Annual report of the Punjab Veterinary College and of the Civil Veterinary Department, Punjab - 1920-1925
Year: 1920
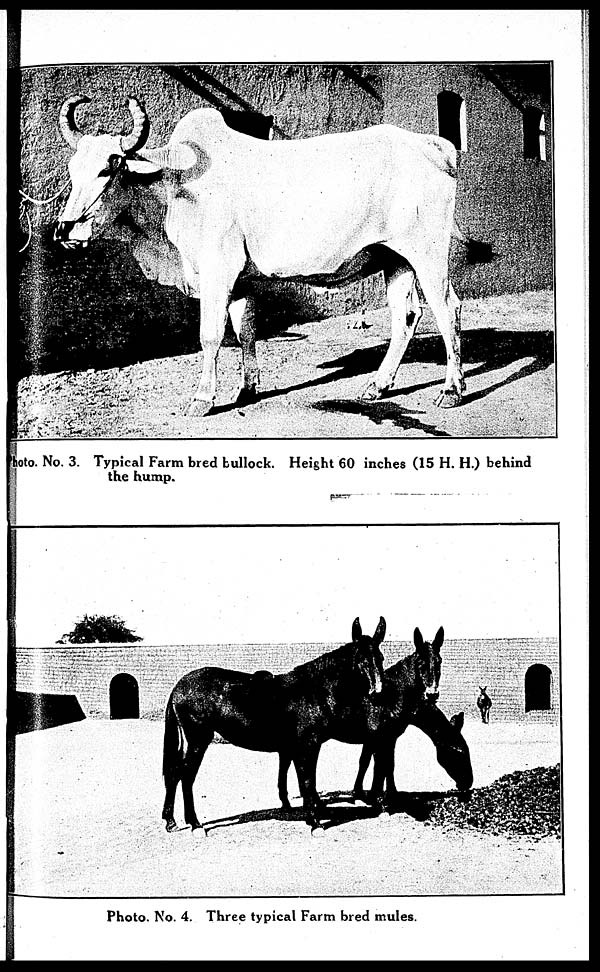
Photo. No. 3. Typical Farm bred bullock. Height 60 inches (15 H. H.) behind
the hump.
Photo. No. 4. Three typical Farm bred mules.